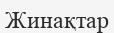
Жинақтар